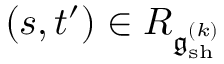
( s , t ^ { \prime } ) \in R _ { \mathfrak { g } _ { \mathrm { s h } } ^ { ( k ) } }